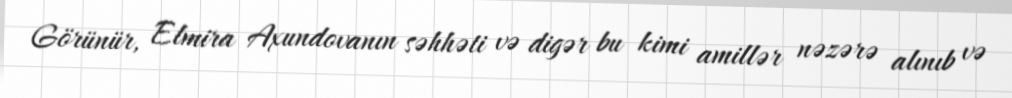
Görünür, Elmira Axundovanın səhhəti və digər bu kimi amillər nəzərə alınıb və